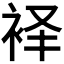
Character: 𫋷